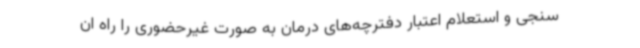
سنجی و استعلام اعتبار دفترچه‌های درمان به صورت غیرحضوری را راه ان